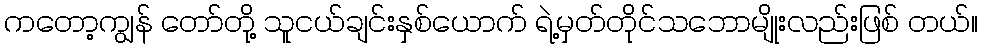
ကတော့ကျွန် တော်တို့ သူငယ်ချင်းနှစ်ယောက် ရဲ့မှတ်တိုင်သဘောမျိုးလည်းဖြစ် တယ်။